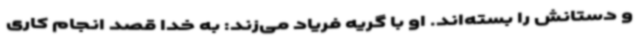
و دستانش را بسته‌اند. او با گریه فریاد می‌زند: به خدا قصد انجام کاری